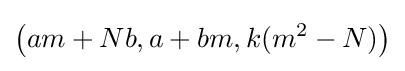
{\big (}am+Nb,a+bm,k(m^{2}-N){\big )}